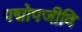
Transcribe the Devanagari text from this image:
पद्मोपजीवि